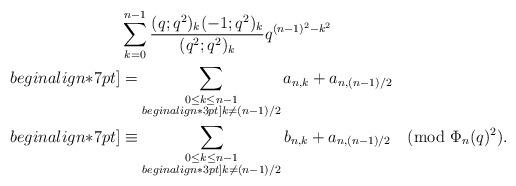
LaTeX: \begin{align*}&\sum_{k=0}^{n-1}\frac{(q;q^2)_k(-1;q^2)_k}{(q^2;q^2)_k}q^{(n-1)^2-k^2}\\begin{align*}7pt]&=\sum_{\substack{0\le k \le n-1\\begin{align*}3pt]k\not= (n-1)/2}} a_{n,k}+a_{n,(n-1)/2}\\begin{align*}7pt]&\equiv \sum_{\substack{0\le k \le n-1\\begin{align*}3pt]k\not= (n-1)/2}} b_{n,k}+a_{n,(n-1)/2}\pmod{\Phi_n(q)^2}.\end{align*}